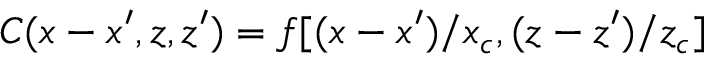
C ( x - x ^ { \prime } , z , z ^ { \prime } ) = f [ ( x - x ^ { \prime } ) / x _ { c } , ( z - z ^ { \prime } ) / z _ { c } ]